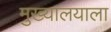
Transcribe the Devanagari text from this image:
मुख्यालयाला